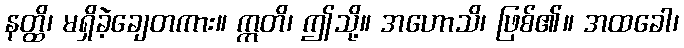
နတ္ထိ၊ မရှိခဲ့ချေတကား။ ဣတိ၊ ဤသို့။ အဟောသိ၊ ဖြစ်၏။ အထခေါ၊